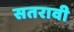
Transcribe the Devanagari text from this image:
सतरावी